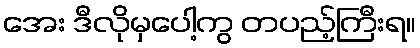
အေး ဒီလိုမှပေါ့ကွ တပည့်ကြီးရ။